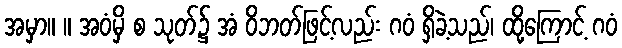
အမှာ။ ။ အဝံမှိ စ သုတ်၌ အံ ဝိဘတ်ဖြင့်လည်း ဂဝံ ရှိခဲ့သည်၊ ထို့ကြောင့် ဂဝံ